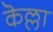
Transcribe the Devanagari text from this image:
कॆल्ला